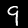
Digit: 9